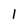
Character: 1